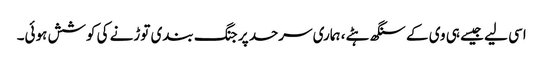
اسی لیے جیسے ہی وی کے سنگھ ہٹے، ہماری سرحد پر جنگ بندی توڑنے کی کوشش ہوئی۔